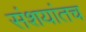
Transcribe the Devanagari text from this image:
संशयांतच